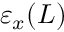
\varepsilon _ { x } ( L )